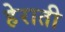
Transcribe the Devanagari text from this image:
हेराती